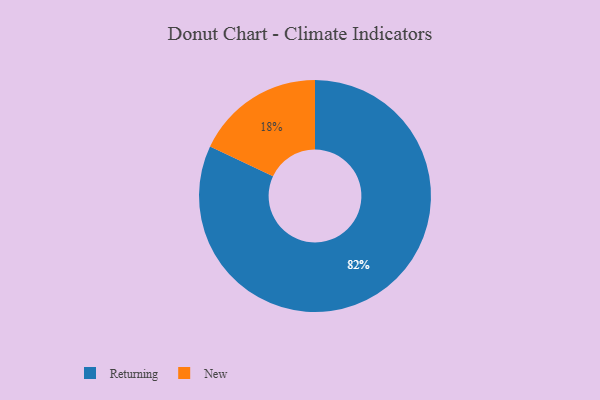
{"axis": {"x": "Category", "y": "Percentage"}, "legend": ["New", "Returning"], "data": [{"x": "Returning", "y": 82, "type": "Returning"}, {"x": "New", "y": 18, "type": "New"}]}